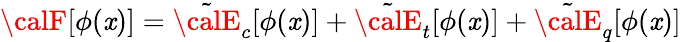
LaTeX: {\calF}[\phi(\mathit{x})]=\tilde{{\calE}}_{c}[\phi(\mathit{x})]+\tilde{{\calE}}_{t}[\phi(\mathit{x})]+\tilde{{\calE}}_{q}[\phi(\mathit{x})]